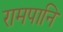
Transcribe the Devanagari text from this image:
रामपानि